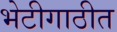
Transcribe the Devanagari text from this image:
भेटीगाठीत